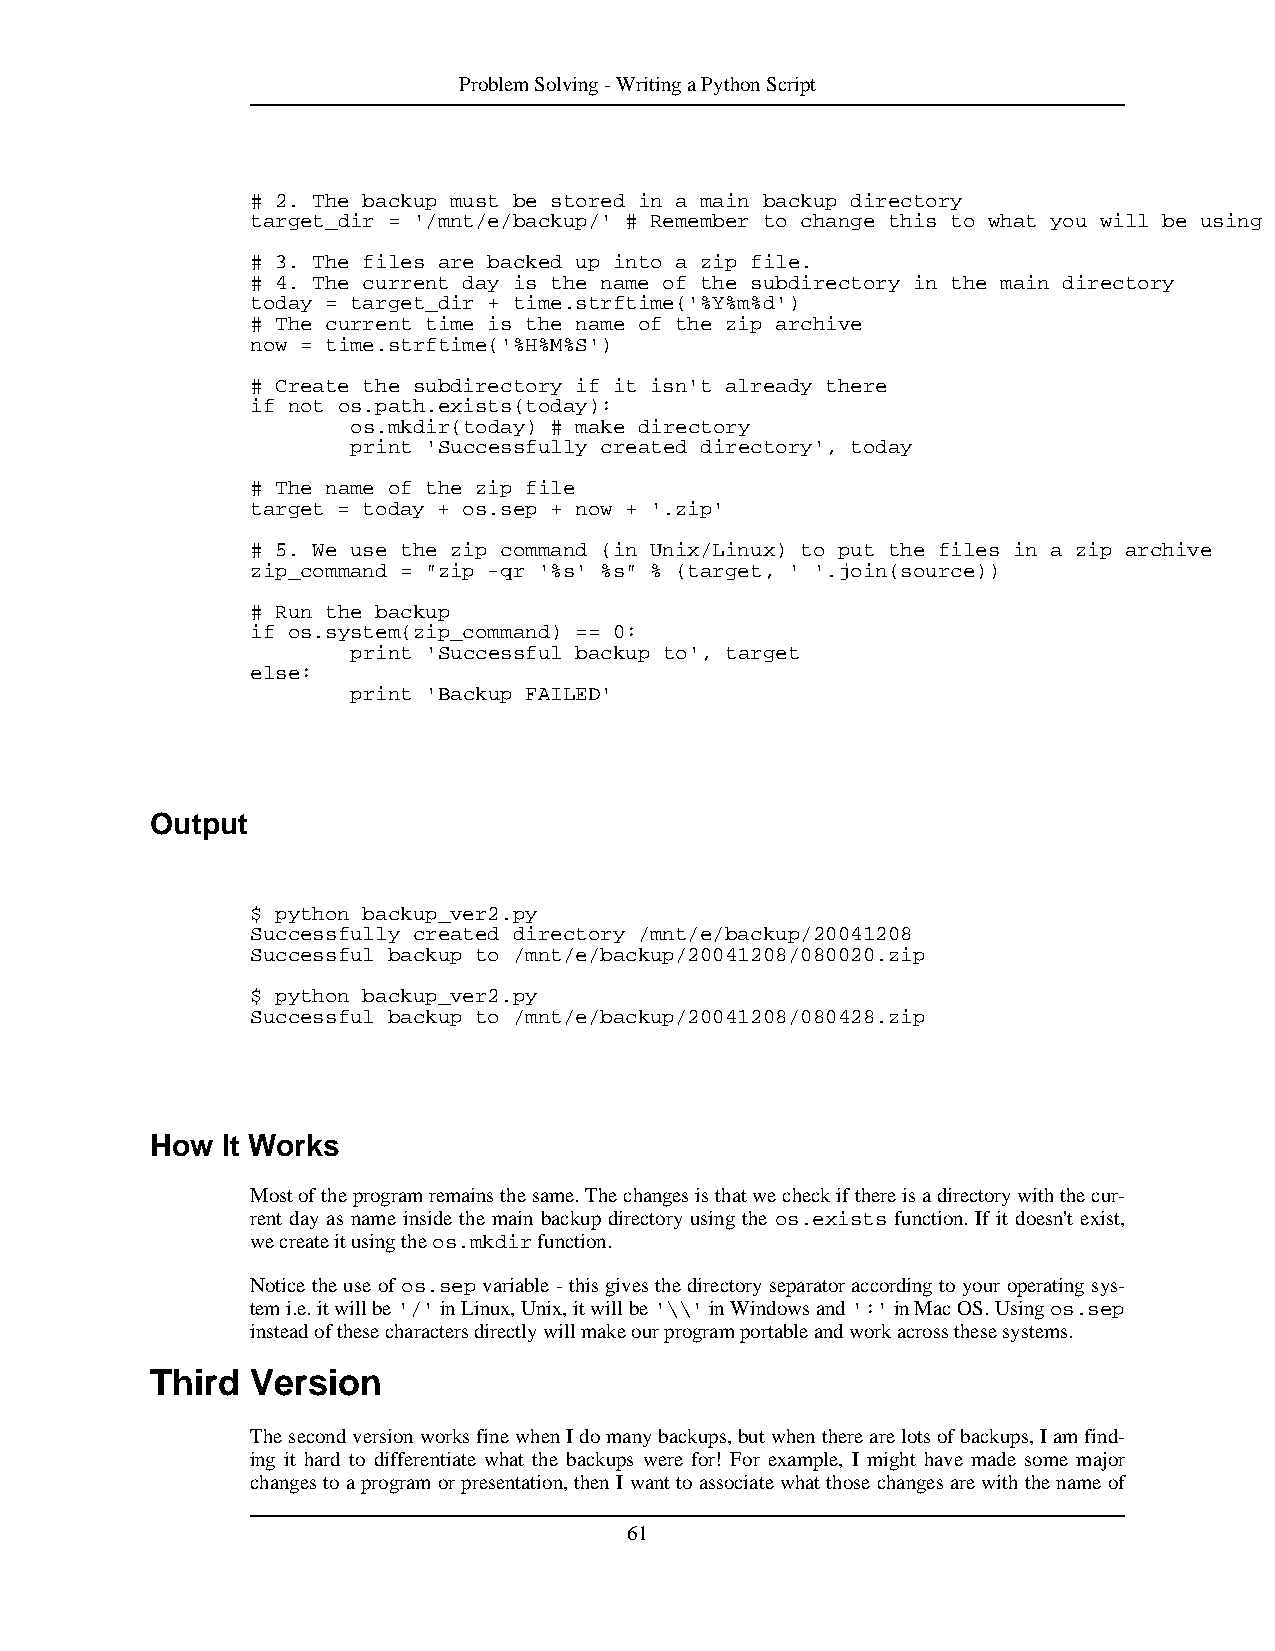
ProblemSolving-WritingaPythonScript
 # 2. The backup must be stored in a main backup directory
 target_dir = '/mnt/e/backup/' # Remember to change this to what you will be using
 # 3. The files are backed up into a zip file.
 # 4. The current day is the name of the subdirectory in the main directory
 today = target_dir + time.strftime('%Y%m%d')
 # The current time is the name of the zip archive
 now = time.strftime('%H%M%S')
 # Create the subdirectory if it isn't already there
 if not os.path.exists(today):
 os.mkdir(today) # make directory
 print 'Successfully created directory', today
 # The name of the zip file
 target = today + os.sep + now + '.zip'
 # 5. We use the zip command (in Unix/Linux) to put the files in a zip archive
 zip_command = "zip -qr '%s' %s" % (target, ' '.join(source))
 # Run the backup
 if os.system(zip_command) == 0:
 print 'Successful backup to', target
 else:
 print 'Backup FAILED'
 Output
 $ python backup_ver2.py
 Successfully created directory /mnt/e/backup/20041208
 Successful backup to /mnt/e/backup/20041208/080020.zip
 $ python backup_ver2.py
 Successful backup to /mnt/e/backup/20041208/080428.zip
 How  It Works
 Mostoftheprogramremainsthesame.Thechangesisthatwecheckifthereisadirectorywiththecur-
 rent day as name inside the main backup directory using the os.exists function. If it doesn't exist,
 wecreateitusingtheos.mkdirfunction.
 Noticetheuseofos.sepvariable-thisgivesthedirectoryseparatoraccordingtoyouroperatingsys-
 temi.e.itwillbe'/'inLinux,Unix,itwillbe'\\'inWindowsand':'inMacOS.Usingos.sep
 insteadofthesecharactersdirectlywillmakeourprogramportableandworkacrossthesesystems.
 Third  Version
 ThesecondversionworksfinewhenIdomanybackups,butwhentherearelotsofbackups,Iamfind-
 ing it hard to differentiate what the backups were for! For example, I might have made some major
 changestoaprogramorpresentation,thenIwanttoassociatewhatthosechangesarewiththenameof
 61